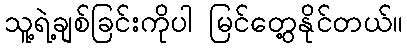
သူ့ရဲ့ချစ်ခြင်းကိုပါ မြင်တွေ့နိုင်တယ်။